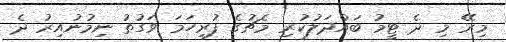
މިރޭ މި ދެ ޓީމު ބައްދަލުކުރި މެޗުގެ ފުރިހަމަ ވަގުތު ނިމުނުއިރު ދެ